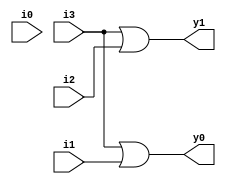
module encoder_4x2(output y1,y0, input i3,i2,i1,i0);
or G1(y1,i3,i2);
or G2(y0,i3,i1);
endmodule